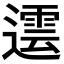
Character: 𨗠